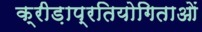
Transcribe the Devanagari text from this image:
क्रीड़ाप्रतियोगिताओं